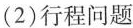
(2)行程问题